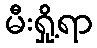
မီးရှို့ရာ